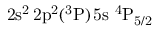
\mathrm { 2 s ^ { 2 } \, 2 p ^ { 2 } ( ^ { 3 } P ) \, 5 s ~ ^ { 4 } P _ { 5 / 2 } }